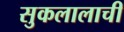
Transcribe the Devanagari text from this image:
सुकलालाची